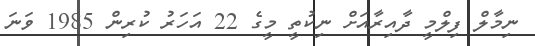
ނިމާލް ފިލްމީ ދާއިރާއަށް ނިކުތީ މީގެ 22 އަހަރު ކުރިން 1985 ވަނަ